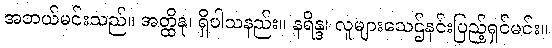
အဘယ်မင်းသည်။ အတ္ထိနု၊ ရှိပါသနည်း။ နရိန္ဒ၊ လူများသေဌ်နင်းပြည့်ရှင်မင်း။